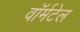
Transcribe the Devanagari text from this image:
वॉर्मटेल